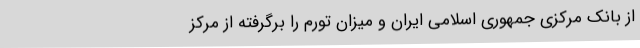
از بانک مرکزی جمهوری اسلامی ایران و میزان تورم را برگرفته از مرکز